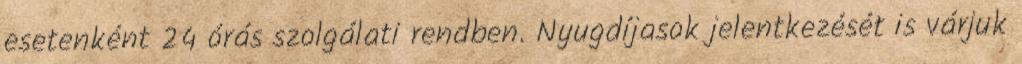
esetenként 24 órás szolgálati rendben. Nyugdíjasok jelentkezését is várjuk